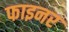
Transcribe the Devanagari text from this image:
फाइनर